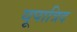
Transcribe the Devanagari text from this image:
यूपात्रिद